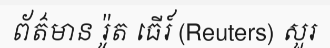
ព័ត៌មាន រ៉ូត ធើរ៍ (Reuters) សួរ